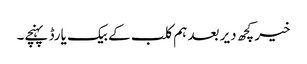
خیر کچھ دیر بعد ہم کلب کے بیک یارڈ پہنچے۔